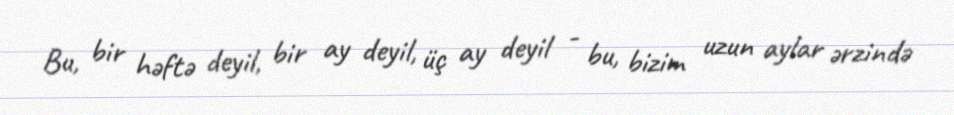
Bu, bir həftə deyil, bir ay deyil, üç ay deyil - bu, bizim uzun aylar ərzində